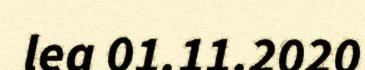
lea 01.11.2020